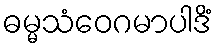
ဓမ္မသံဝေဂမာပါဒိံ